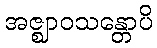
အဇ္ဈာဝသန္တောပိ